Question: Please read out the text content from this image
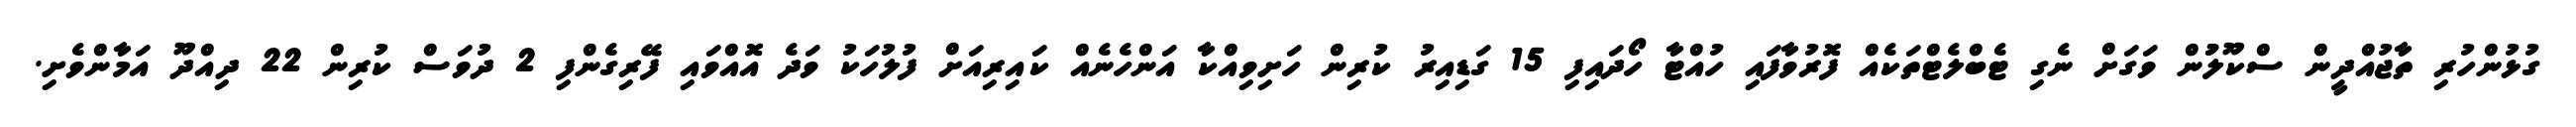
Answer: ގުޅުންހުރި ތާޖުއްދީން ސްކޫލުުން ވަގަށް ނެގި ޓެބްލެޓްތަކެއް ފޮރުވާފައި ހުއްޓާ ހޯދައިފި 15 ގަޑިއިރު ކުރިން ހަށިވިއްކާ އަންހެނެއް ކައިރިއަށް ފުލުހަކު ވަދެ އޮއްވައި ފޭރިގެންފި 2 ދުވަސް ކުރިން 22 ދިއްދޫ އަމާންވެށި.